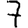
Digit: 7